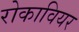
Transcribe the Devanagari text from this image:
रोकावियर